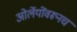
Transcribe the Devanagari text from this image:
ओर्लेयोंवरूनच